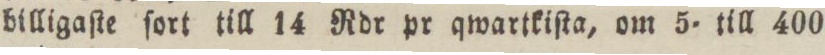
billigaſte ſort till 14 Rdr pr qwartkiſta, om 5. till 400